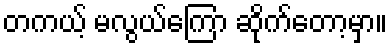
တကယ့် မလွယ်ကြော ဆိုက်တော့မှာ။